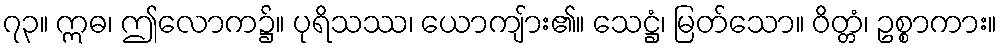
၇၃။ ဣဓ၊ ဤလောက၌။ ပုရိသဿ၊ ယောကျ်ား၏။ သေဋ္ဌံ၊ မြတ်သော။ ဝိတ္တံ၊ ဥစ္စာကား။